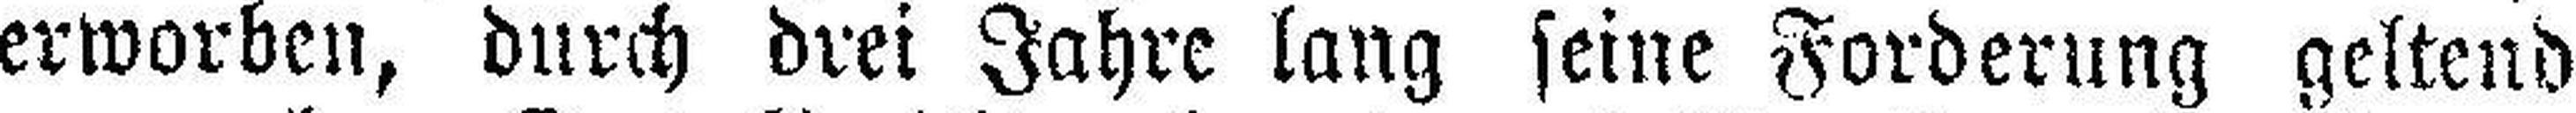
erworben, durch drei Jahre lang seine Forderung geltend